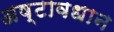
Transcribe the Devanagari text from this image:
अष्टावधान